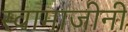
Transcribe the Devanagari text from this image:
स्वामाजीनी